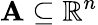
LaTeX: \mathbf{A}\subseteq\mathbb{{R}}^{n}